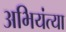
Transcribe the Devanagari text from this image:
अभियंत्या